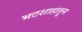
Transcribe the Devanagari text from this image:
भटशाहीतून